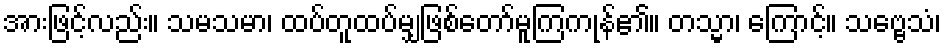
အားဖြင့်လည်း။ သမသမာ၊ ထပ်တူထပ်မျှဖြစ်တော်မူကြကုန်၏။ တသ္မာ၊ ကြောင့်။ သဗ္ဗေသံ၊